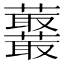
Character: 𧅞